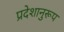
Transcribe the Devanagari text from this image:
प्रदेशानुरूप